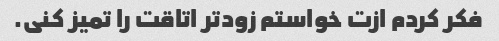
فکر کردم ازت خواستم زودتر اتاقت را تمیز کنی.